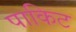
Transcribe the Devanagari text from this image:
पाकिट